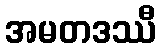
အမတဒဿီ